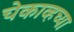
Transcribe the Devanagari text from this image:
चेकाव्हच्या